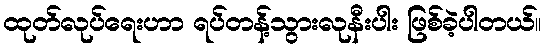
ထုတ်လုပ်ရေးဟာ ရပ်တန့်သွားလုနီးပါး ဖြစ်ခဲ့ပါတယ်။